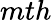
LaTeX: mth